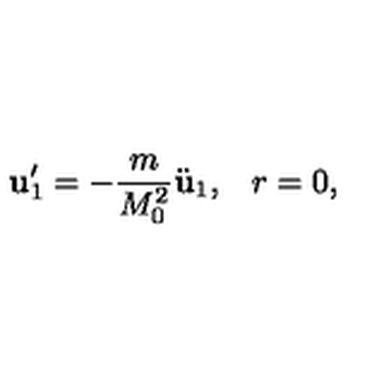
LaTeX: { \bf u } _ { 1 } ^ { \prime } = - \frac { m } { M _ { 0 } ^ { 2 } } \ddot { \bf u } _ { 1 } { , } \quad r = 0 { , }